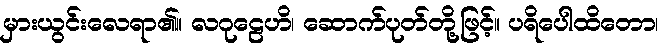
မှားယွင်းလေရာ၏။ လဂုဠေဟိ၊ ဆောက်ပုတ်တို့ဖြင့်။ ပရိပေါထိတော၊